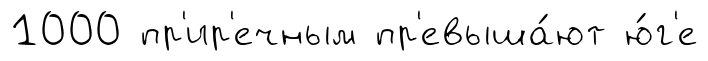
1000 пр'ир'ечным пр'евыша́ют ю́г'е